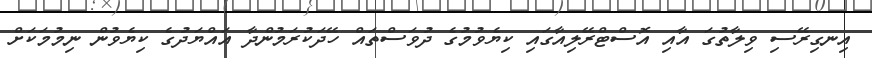
އިނގިރޭސި ވިލާތުގަ އާއި އޮސްޓްރޭލިއާގައި ކިޔެވުމުގެ ދުވަސްތައް ހޭދަކުރަމުންދާ އައްޔަދުގެ ކިޔެވުން ނިމުމަކަށް